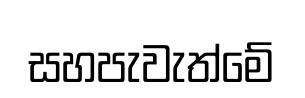
සහපැවැත්මේ